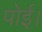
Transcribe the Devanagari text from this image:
पोई।